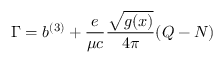
\Gamma = b ^ { ( 3 ) } + { \frac { e } { \mu c } } { \frac { \sqrt { g ( x ) } } { 4 \pi } } ( Q - N ) \nonumber